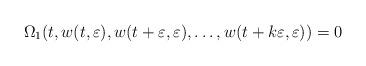
LaTeX: \begin{align*}\Omega_1(t,w(t,\varepsilon), w(t+\varepsilon,\varepsilon), \dots, w(t+k\varepsilon,\varepsilon))=0\end{align*}